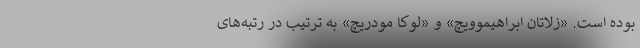
بوده است. «زلاتان ابراهیموویچ» و «لوکا مودریچ» به ترتیب در رتبه‌های